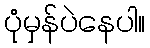
ပုံမှန်ပဲနေပါ။